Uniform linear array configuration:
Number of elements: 8
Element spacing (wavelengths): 0.75
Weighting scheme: exponential
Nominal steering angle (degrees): -60
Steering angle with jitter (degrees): -59.85
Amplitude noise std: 0.05
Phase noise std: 0.05

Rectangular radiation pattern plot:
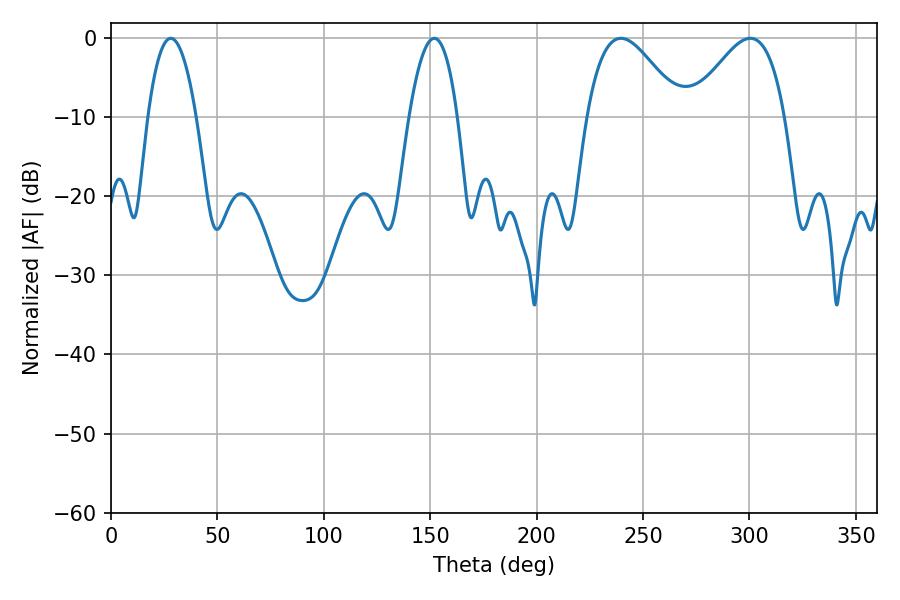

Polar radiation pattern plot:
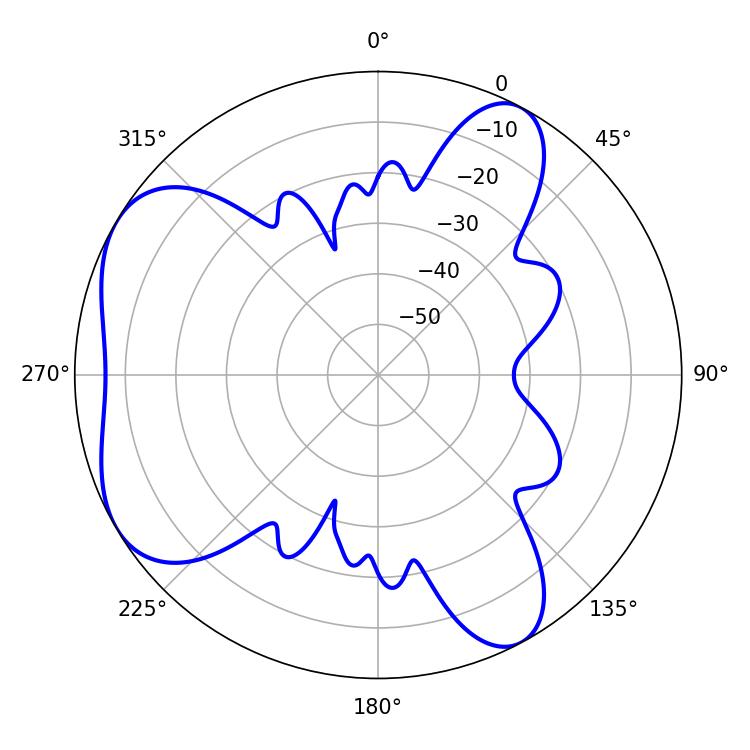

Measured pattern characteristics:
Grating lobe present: TRUE
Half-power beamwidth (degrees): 12.6
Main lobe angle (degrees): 151.92